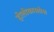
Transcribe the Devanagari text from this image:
होलोकास्तोस